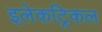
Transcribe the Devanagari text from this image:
इलेकट्रिकल